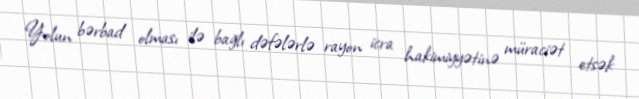
Yolun bərbad olması ilə bağlı dəfələrlə rayon icra hakimiyyətinə müraciət etsək